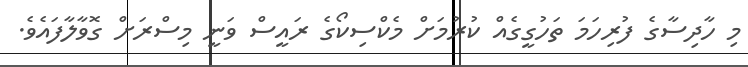
މި ހާދިސާގެ ފުރިހަމަ ތަހުގީގެއް ކުރުމަށް މެކްސިކޯގެ ރައީސް ވަނީ މިސްރަށް ގޮވާލާފައެވެ.